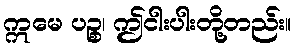
ဣမေ ပဉ္စ၊ ဤငါးပါးတို့တည်း။